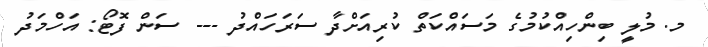
މ. މުލީ ބިންހިއްކުމުގެ މަސައްކަތް ކުރިއަށްދާ ސަރަހައްދު --- ސަން ފޮޓޯ: އަހްމަދު